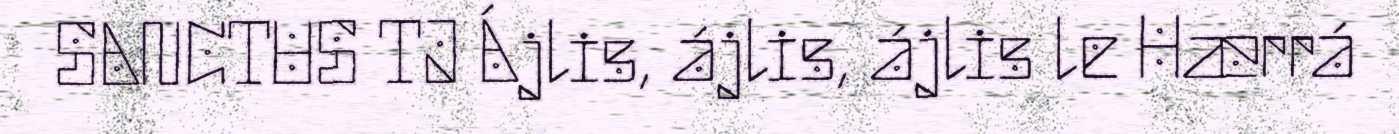
SANCTUS TJ Ájlis, ájlis, ájlis le Hærrá